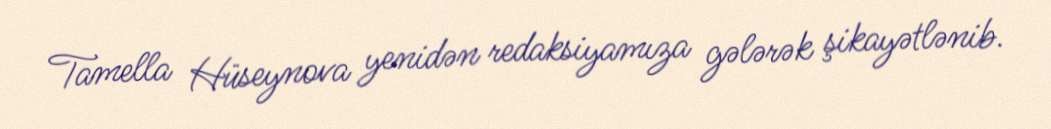
Tamella Hüseynova yenidən redaksiyamıza gələrək şikayətlənib.